Vaccination in the Punjab 1905-1918 - 1905-1918
Year: 1905
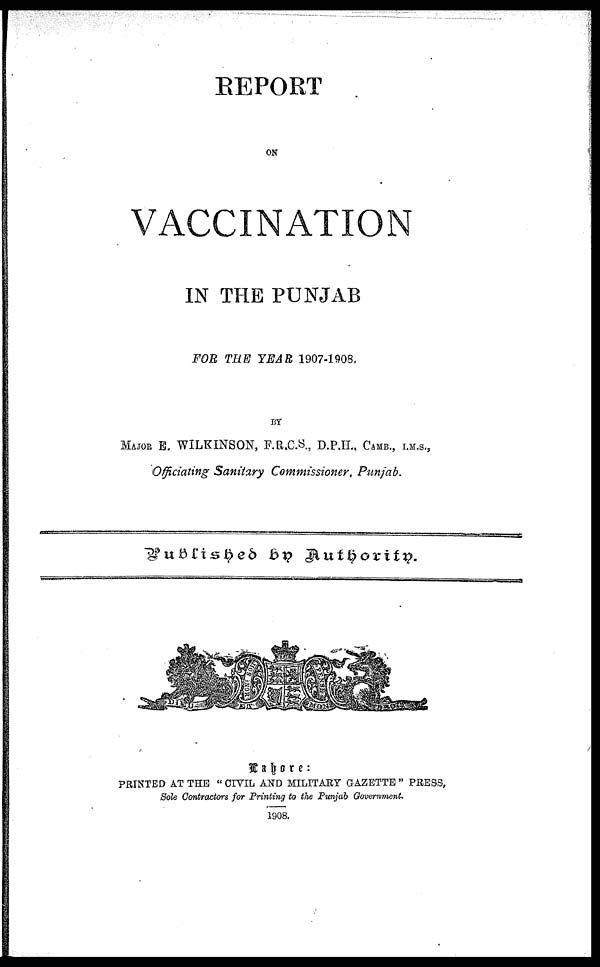
REPORT
ON
VACCINATION
IN THE PUNJAB
FOR THE YEAR 1907-1908.
MAJOR E. WILKINSON, F.R.C.S., D.P.H., CAMB. , I.M.S.,
Officiating Sanitary Commissioner, Punjab.
Published by
Authority.
Lahore:
PRINTED AT THE " CIVIL AND MILITARY GAZETTE " PRESS,
Sole Contractors for Printing to the Punjab Government.
1908.